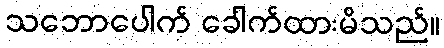
သဘောပေါက် ခေါက်ထားမိသည်။